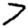
Digit: 7